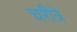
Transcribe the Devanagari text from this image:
चरीत्रे